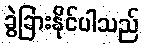
ခွဲခြားနိုင်ပါသည်